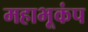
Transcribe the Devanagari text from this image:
महाभूकंप